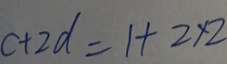
c + 2 d = 1 + 2 \times 2